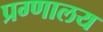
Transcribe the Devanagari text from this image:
प्रग्णालय